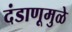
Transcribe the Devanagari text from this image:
दंडाणूमुळे